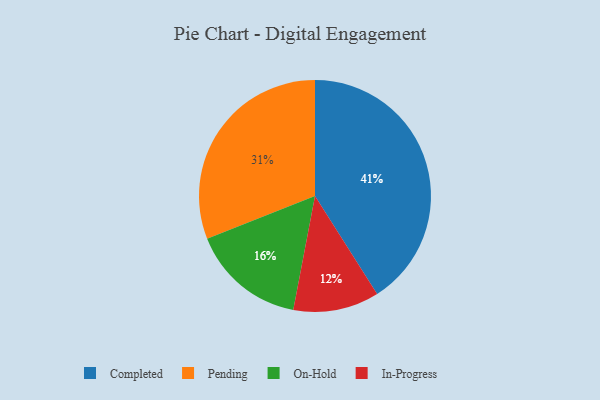
{"axis": {"x": "Category", "y": "Percentage"}, "legend": ["Completed", "In-Progress", "On-Hold", "Pending"], "data": [{"x": "Completed", "y": 41, "type": "Completed"}, {"x": "On-Hold", "y": 16, "type": "On-Hold"}, {"x": "In-Progress", "y": 12, "type": "In-Progress"}, {"x": "Pending", "y": 31, "type": "Pending"}]}